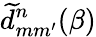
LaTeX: \widetilde{d}_{mm^{\prime}}^{n}(\beta)